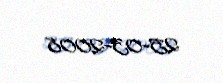
25-03-2008